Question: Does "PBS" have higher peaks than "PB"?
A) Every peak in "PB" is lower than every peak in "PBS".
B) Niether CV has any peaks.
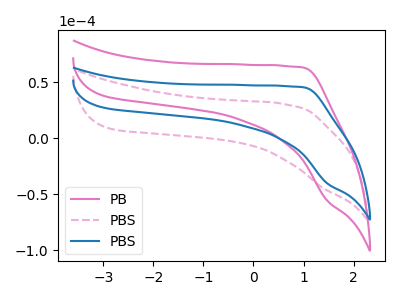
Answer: <think>The pink curve "PB" has no peaks. The pink dashed curve "PBS" has no peaks. The blue curve "PBS" has no peaks.</think>
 <answer>B) Niether CV has any peaks.</answer>
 <eval>B</eval>